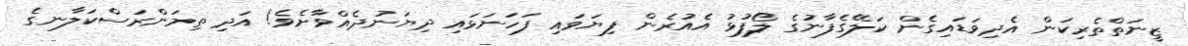
ޒީނަތްތެރިކަން އެދިވަޑައިގެން ކަލޭގެފާނުގެ ލޯފުޅު އެއުރެން ފިޔަވައި ފަހަނަޅައި ދިޔަނުދެއްވާށެވެ! އަދި ތިމަންރަސްކަލާނގެ